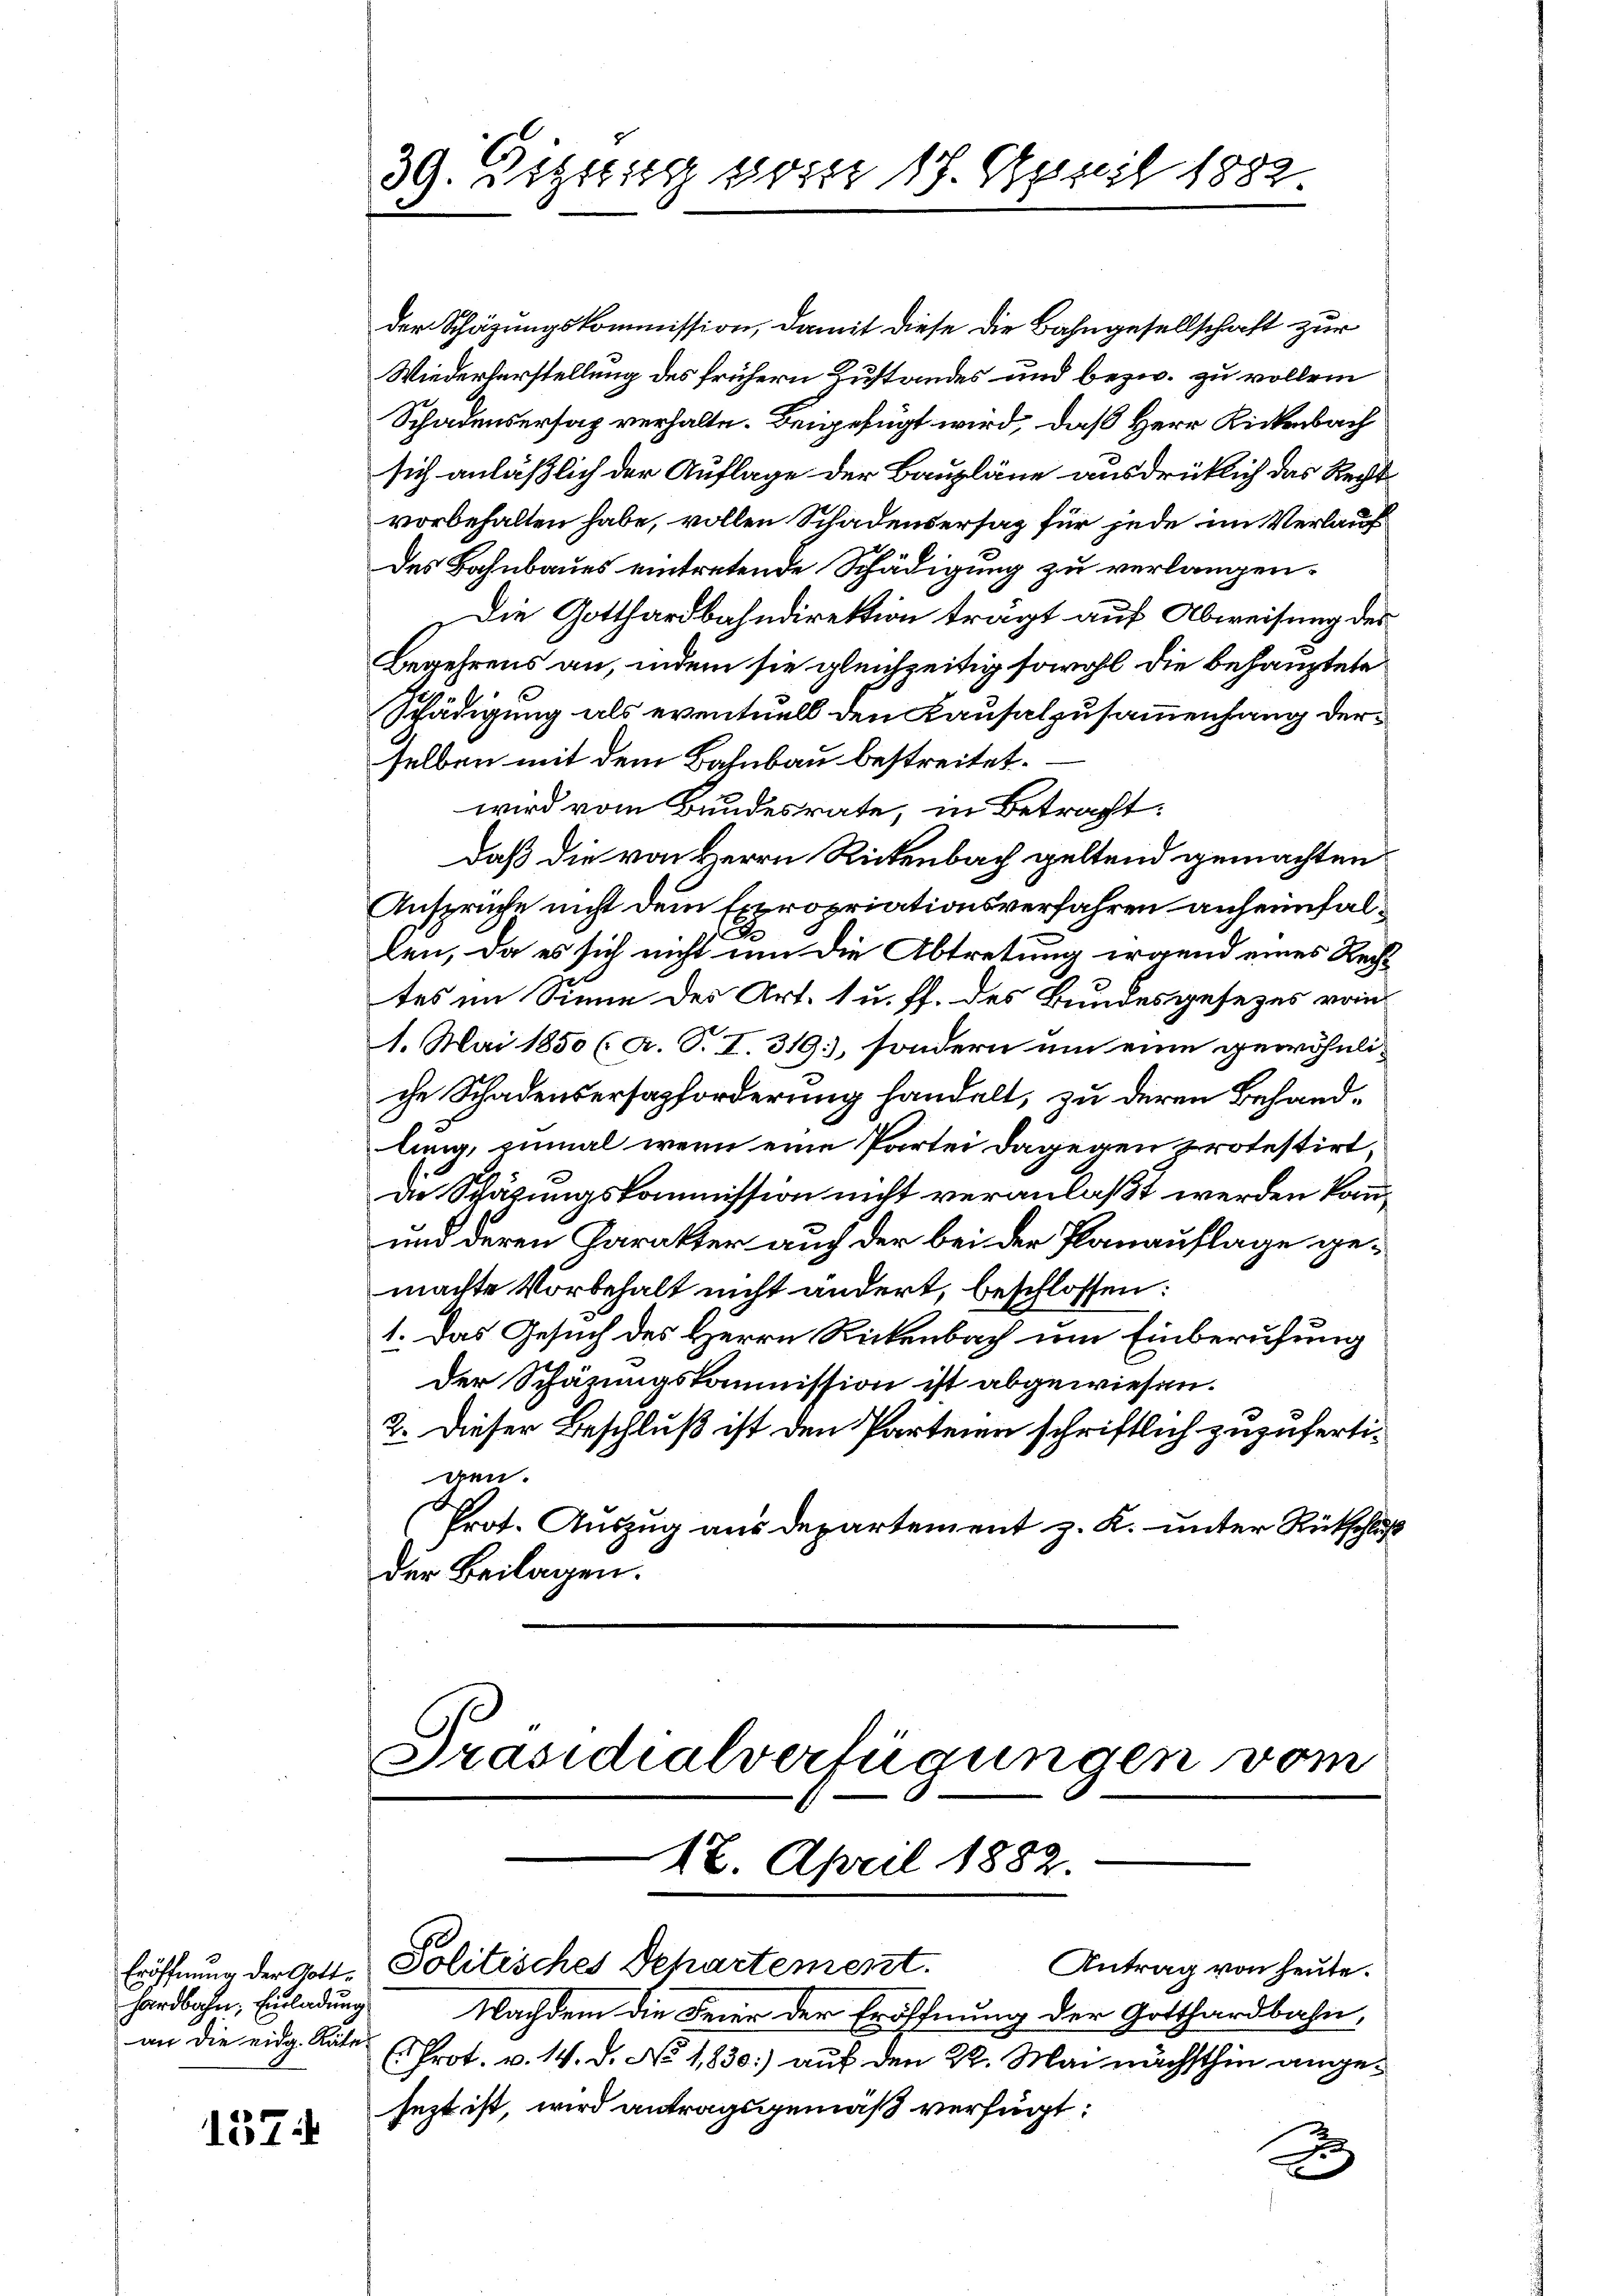
hardbahn, Einladung

1574

39. Letzig vom 18. April 1882

der Schäzungskommission, damit diese die Bahngesellschaft zur
Wiederberstellung des frühern Zustandes und bezw. zu vollem
Schadensersatz verhalte. Beigefügt wird, daß Herr Rickenbach
sich anläßlich der Auflage der Baupläne ausdrücklich das Recht
vorbehalten habe, vollen Schadensersag für jede im Verlaufdes Bahnbaues eintretende Schädigung zu verlangen.
Die Gotthardbahndirektion trägt auf Abweisung des
Begehrens an, indem sie gleichzeitig sowohl die behauptete
Schädigung als eventuell den Kausalzusammenhang derselben mit dem Bahnbau bestreitet.
wird vom Bundesrate, in Betracht:
daß die von Herrn Rickenbach geltend gemachten
Ansprüche nicht dem Expropriationsverfahren anheimfal¬
A
len, da es sich nicht um die Abtretung irgend eines Rech-
tes im Sinne des Art. 1 u. ff. des Bundesgesezes vom
1. Mai 1850 (A. T. I. 319), sondern um eine gewöhnliche Schadensersagforderung handelt, zu deren Behandlung, inmal wenn eine Partei dagegen protestirt
de Schätzungskommission nicht veranlaßt werden kann,
und deren Charakter auch der bei der Panauflage gemachte Vorbehalt nicht ändert, beschlossen:
1. Das Gesuch des Herrn Rickenbach um Einberufung
Der Schazungskommission ist abgewiesen.
2. Dieser Beschluß ist den Parteien schriftlich zuzufertigen.
Prot. Auszug aus Departement z. K. unter Rückschluß
der Beilagen.

Präsidialverfügungen vom
12. April 1882.
Antrag von heute.
Eröffnung der Gott. Politisches Departement.

Nachdem die Feier der Eröffnung der Gotthardbahn,
an die eidg. Rate (Prot. v. 14. d. No. 1830) auf den 22. Mai nächsthin angejezt ist, wird antragsgemäß verfügt:

2